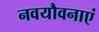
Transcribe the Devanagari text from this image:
नवयौवनाएं